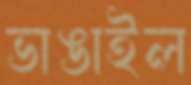
ভাঙাইল